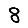
Digit: 8